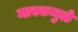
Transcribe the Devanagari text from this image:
मास्कमुळे